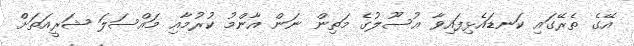
އޭގެ ތެރޭގައި ކަނޑައެޅިފައިވާ އުސޫލުގެ މަތިން ނަން އާންމު ކުރުމާއި މައްސަލަ ޝަރީއަތަށް